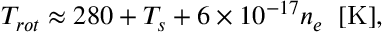
\begin{array} { r } { T _ { r o t } \approx 2 8 0 + T _ { s } + 6 \times 1 0 ^ { - 1 7 } n _ { e } \; \; \mathrm { [ K ] } , } \end{array}